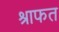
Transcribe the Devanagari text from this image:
श्राफत